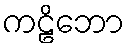
ကဠိဘော